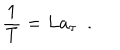
LaTeX: { \frac { 1 } { T } } = L a _ { \tau } ~ ~ .